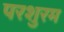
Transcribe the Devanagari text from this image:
परशुरम